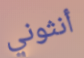
أنثوني